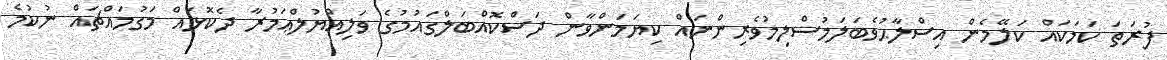
ފުރަތަ ކަމަކައް ކަލޭމެން އިސްލާޙުވެބަލަމުސްލިމުވެރިންނައް ކިޔަމަންވާން ދަސްކޮއްބަލްގައުމުގެ ވަލިއްޔުލްޢަމުރާ ދެކޮޅައް މަގުމައްޗައް ނުކުމެ